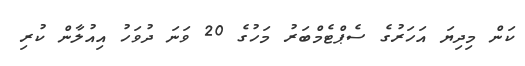
ކަން މިދިޔަ އަހަރުގެ ސެޕްޓެމްބަރު މަހުގެ 20 ވަނަ ދުވަހު އިއުލާން ކުރި